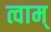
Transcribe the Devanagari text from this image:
त्वाम्